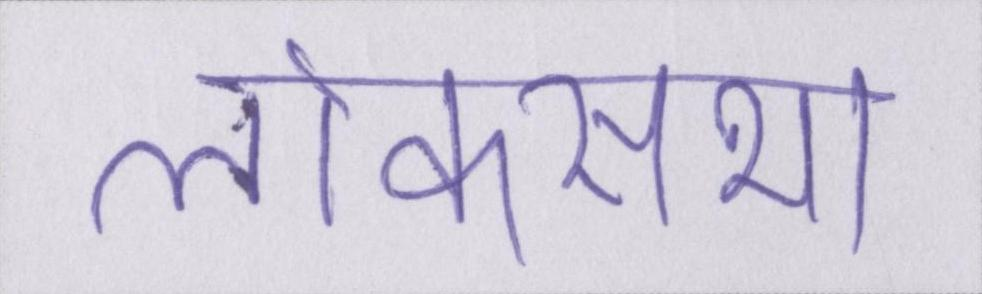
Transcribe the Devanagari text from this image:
लोकसभा